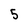
Character: 5